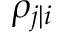
\rho _ { j | i }